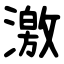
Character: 激